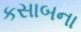
કસાબના